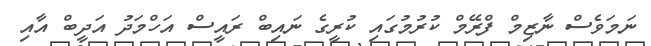
ނަމަވެސް ނާޒިމް ފްރޭމް ކުރުމުގައި ކުރީގެ ނައިބް ރައީސް އަހްމަދު އަދީބް އާއި